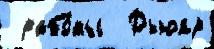
 рабо́ты  Дьюар